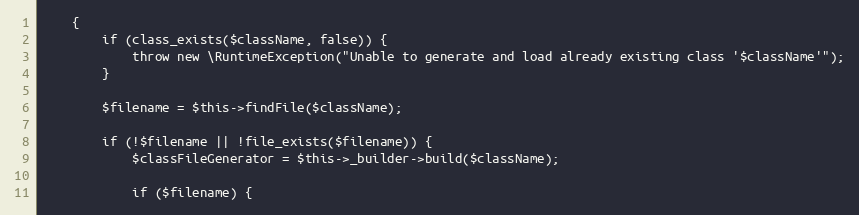
Language: PHP
    {
        if (class_exists($className, false)) {
            throw new \RuntimeException("Unable to generate and load already existing class '$className'");
        }

        $filename = $this->findFile($className);

        if (!$filename || !file_exists($filename)) {
            $classFileGenerator = $this->_builder->build($className);

            if ($filename) {